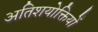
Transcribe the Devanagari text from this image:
अतिशयोक्तियों